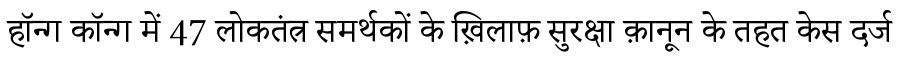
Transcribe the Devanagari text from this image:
हॉन्ग कॉन्ग में 47 लोकतंत्र समर्थकों के ख़िलाफ़ सुरक्षा क़ानून के तहत केस दर्ज